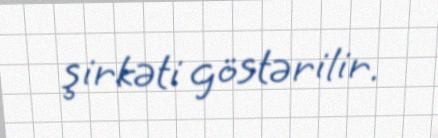
şirkəti göstərilir.